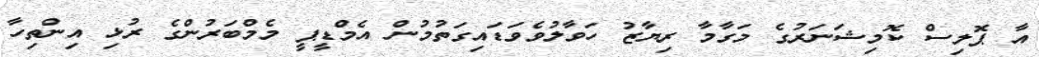
އާ ޕޮލިސް ކޮމިޝަނަރުގެ މަގާމާ ރިޔާޒު ހަވާލުވެވަޑައިގަތުމުން އެމްޑީޕީ މެމްބަރުންގެ ރުޅި އިންތިހާ